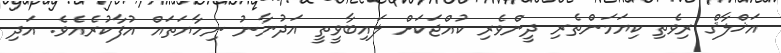
އަޚްލާޤް ރިވެތި ކިޔަމަންތެރި ދީންވެރި ކުއްޖަކަށް ލައިބާވީތީ އަދުނާނު ނިހާޔަތައް އުފާކުރެއެވެ. އަދި